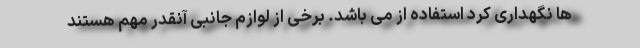
ها نگهداری کرد استفاده از می باشد. برخی از لوازم جانبی آنقدر مهم هستند